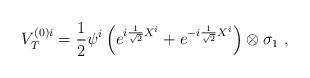
LaTeX: \begin{align*}V_{T}^{(0)i}=\frac{1}{2}\psi^{i}\left(e^{i\frac{1}{\sqrt{2}} X^{i}}+e^{-i\frac{1}{\sqrt{2}}X^{i}}\right)\otimes \sigma_1\ ,\end{align*}